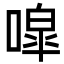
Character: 噑